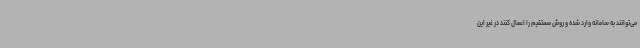
می‌توانند به سامانه وارد شده و روش مستقیم را اعمال کنند در غیر این